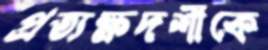
প্রত্যক্ষদর্শীকে